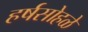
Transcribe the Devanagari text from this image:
हर्षसोहळे